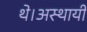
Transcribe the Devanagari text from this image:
थे।अस्थायी